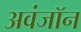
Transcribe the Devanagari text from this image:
अवंजॉन